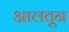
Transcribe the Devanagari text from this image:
आलतून